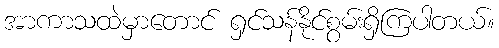
အာကာသထဲမှာတောင် ရှင်သန်နိုင်စွမ်းရှိကြပါတယ်။